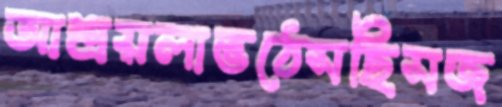
আশ্রয়লাভঠেসছিসজ